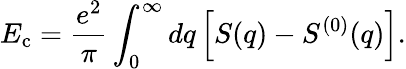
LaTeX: E_{\mathrm{c}}=\frac{e^{2}}{\pi}\int_{0}^{\infty}dq\left[S(q)-S^{(0)}(q)\right].